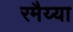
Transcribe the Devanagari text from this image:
रमैय्या